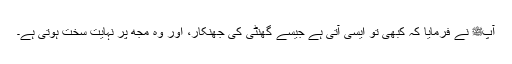
آپﷺ نے فرمایا کہ کبھی تو ایسی آتی ہے جیسے گھنٹی کی جھنکار، اور وہ مجھ پر نہایت سخت ہوتی ہے۔